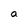
Character: a